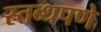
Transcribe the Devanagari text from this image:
स्तब्धपणे